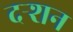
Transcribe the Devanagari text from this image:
दर्‍शन